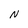
Character: N